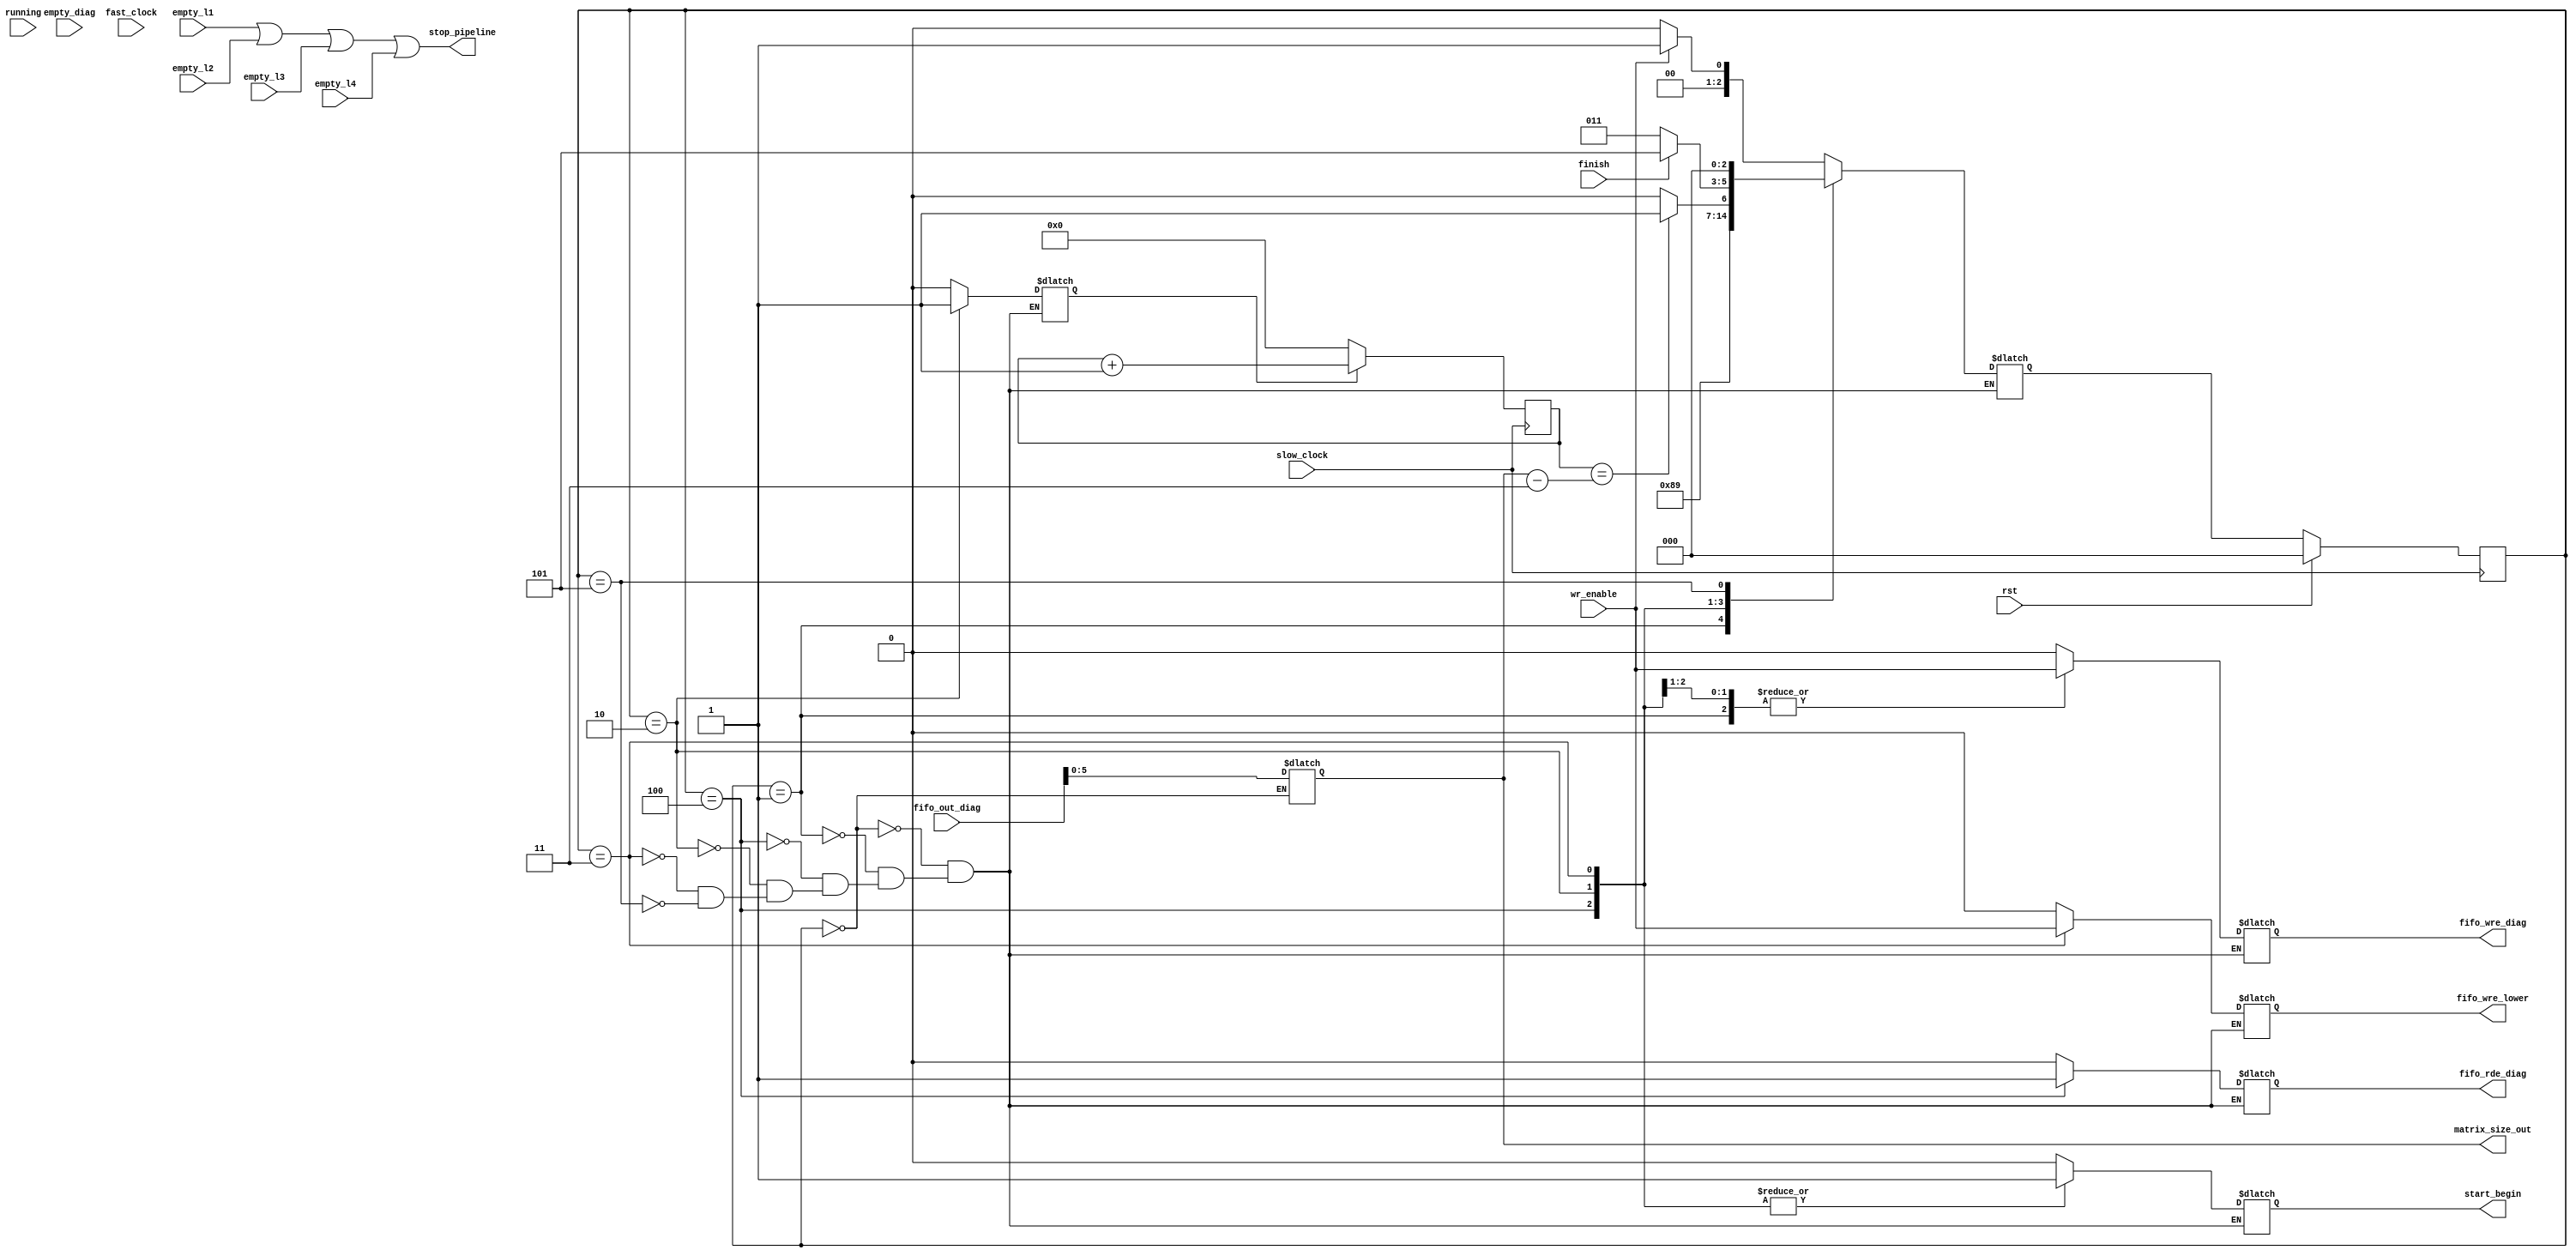
module ukf_fifo_control (
input[127:0] fifo_out_diag,
output [5:0] matrix_size_out,
output stop_pipeline,
output reg fifo_wre_diag, fifo_wre_lower,fifo_rde_diag,start_begin,
input wr_enable,
input empty_l1, empty_l2,empty_l3,empty_l4,empty_diag,running, fast_clock, slow_clock,finish,
input rst
);


parameter start=3'b00;
parameter setting_up1= 3'b01;
parameter diag= 3'b10;
parameter lower= 3'b11;
parameter setting_up2 = 3'b100;
parameter finish_s = 3'b101;
reg[5:0] matrix_size;
reg [5:0] data_in_count;
reg data_start_count;
reg [2:0] next_state,state;

assign stop_pipeline = (empty_l1 || empty_l2 || empty_l3 || empty_l4); 
assign matrix_size_out = matrix_size;




always @ (posedge slow_clock) begin
	if (data_start_count)begin
		data_in_count <= data_in_count + 1'b1;
	end
	else begin
		data_in_count <= 4'b0;
	end
		
end

always @ (posedge slow_clock) begin
	if(!rst) begin
		state <=next_state;
	end
	else state<= start;
end

always@(state or empty_diag or data_in_count or finish or matrix_size or fifo_out_diag or wr_enable) begin
	case(state)
		start: begin
			
			matrix_size<=fifo_out_diag[5:0];
			fifo_wre_diag <= 1'b0;
			fifo_wre_lower <= 1'b0;
			data_start_count <= 1'b0;
			fifo_rde_diag <= 1'b0;
			start_begin<=1'b0;
			
			if(wr_enable) next_state<= setting_up1;
			else next_state<= start;
		end
		setting_up1: begin
		
			matrix_size<=matrix_size;
			fifo_wre_diag <= wr_enable;
			fifo_wre_lower <= 1'b0;
			data_start_count <= 1'b0;
			
			fifo_rde_diag <= 1'b0;
			start_begin<=1'b0;
			
			//if(fifo_out_diag==)begin
			next_state<= setting_up2;
			//end
			
		end
		
		setting_up2: begin
		
			matrix_size<=matrix_size;
			fifo_wre_diag <= wr_enable;
			fifo_wre_lower <= 1'b0;
			data_start_count <= 1'b0;
			
			fifo_rde_diag <= 1'b1;
			start_begin<=1'b1;
			
			//if(fifo_out_diag==)begin
			next_state<= diag;
			//end
			
		end
		
		diag: begin
		
			matrix_size<=matrix_size;
			fifo_wre_diag <= wr_enable;
			fifo_wre_lower <= 1'b0;
			data_start_count <= 1'b1;
			fifo_rde_diag <= 1'b0;
			start_begin<=1'b1;
			
			if(data_in_count == (matrix_size - 2'b11)) next_state<=lower;
			else next_state<=diag;
			
		end
		
		lower: begin
		
			matrix_size<=matrix_size;
			fifo_wre_lower <= wr_enable;
			fifo_wre_diag <= 1'b0;
			data_start_count <= 1'b0;
			fifo_rde_diag <= 1'b0;
			start_begin<=1'b1;
			
			
			if(finish) next_state<=finish_s;
			else next_state<=lower;
		end
		finish_s: begin
		
			matrix_size<=matrix_size;
			fifo_wre_lower <=  1'b0;
			fifo_wre_diag <= 1'b0;
			data_start_count <= 1'b0;
			fifo_rde_diag <= 1'b0;
			start_begin<=1'b0;
			
			next_state<=start;

		end
	
	endcase
end





endmodule